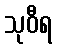
သုဝီရ